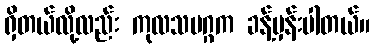
ရှိတယ်လို့လည်း ကုလသမဂ္ဂက ခန့်မှန်းပါတယ်။